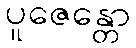
ပူဇေန္တော